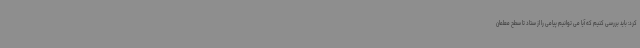
کرد: باید بررسی کنیم که آیا می توانیم پیامی را از ستاد تا سطح معلمان